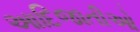
આદિજાતીઓ